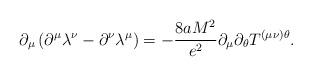
LaTeX: \begin{align*}\partial _{\mu }\left( \partial ^{\mu }\lambda ^{\nu }-\partial ^{\nu}\lambda ^{\mu }\right) =-\frac{8aM^{2}}{e^{2}}\partial _{\mu }\partial_{\theta }T^{(\mu \nu )\theta }. \end{align*}